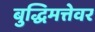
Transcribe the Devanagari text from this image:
बुद्धिमत्तेवर